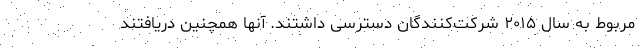
مربوط به سال ۲۰۱۵ شرکت‌کنندگان دسترسی داشتند. آنها همچنین دریافتند